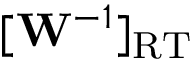
[ \mathbf { W } ^ { - 1 } ] _ { \mathrm { R T } }